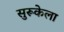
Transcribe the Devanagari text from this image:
सुरूकेला